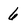
Character: 6